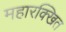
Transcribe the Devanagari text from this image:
महारक्खित